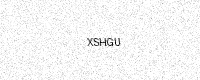
Text: XSHGU